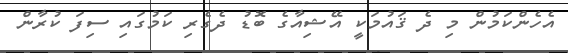
އެހެންކަމުން މި ދެ ޤައުމަކީ އޭޝިއާގެ ބޮޑު ދެގެރި ކަމުގައި ސިފަ ކުރާން